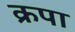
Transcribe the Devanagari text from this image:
क्रपा